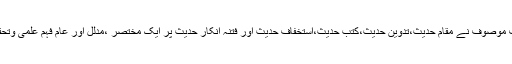
اس کتاب میں مولف موصوف نے مقام حدیث،تدوین حدیث،کتب حدیث،استخفاف حدیث اور فتنہ انکار حدیث پر ایک مختصر ،مدلل اور عام فہم علمی وتحقیقی گفتگو کی ہے۔